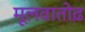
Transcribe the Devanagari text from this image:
मूलवातोढ़